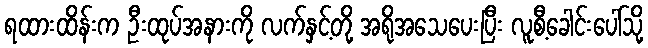
ရထားထိန်းက ဦးထုပ်အနားကို လက်နှင့်တို့ အရိုအသေပေးပြီး လူစီ့ခေါင်းပေါ်သို့